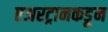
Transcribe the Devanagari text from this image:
एअरट्रानकडून